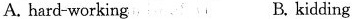
A.hard-working B.kidding